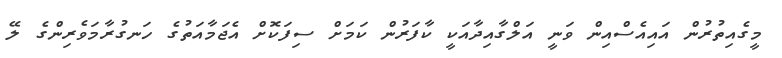
މީގެއިތުރުން އައިއެސްއިން ވަނީ އަލްގާއިދާއަކީ ކާފަރުން ކަމަށް ސިފަކޮށް އެޖަމާއަތުގެ ހަނގުރާމަވެރިންގެ ލޭ